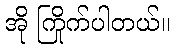
အို ကြိုက်ပါတယ်။